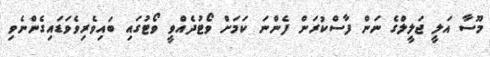
މޫސާ އަލީ ޖަލީލްގެ ނަން ފާސްކުރަން ފެންނަ ކަމަށް ވޯޓުދެއްވީ ވޯޓުގައި ބައިވެރިވެވަޑައިގެންނެވި